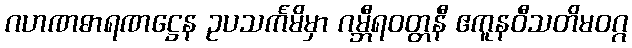
ဂဟဏဓာရဏဋ္ဌေန ဥပသင်္ကမိမှာ ဂမ္ဘီရဝတ္တနီ ဧကူနဝီသတိမဝဂ္ဂ